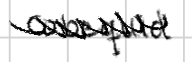
Text: Cobequid
Cross-out: zig-zag
Writing tool: digital_black